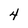
Character: 4